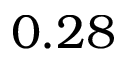
0 . 2 8